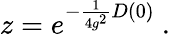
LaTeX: z=e^{-\frac 1{4g^{2}}D(0)}\ .